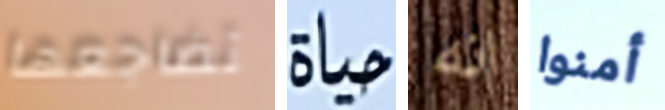
تضاجعها حياة انه أمنوا